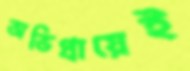
অভিপ্রায়েই